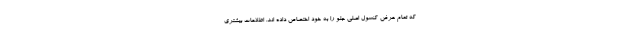
که تمام عرض کنسول اصلی جلو را به خود اختصاص داده اند. اطلاعات بیشتری